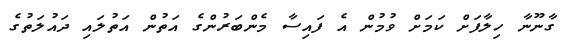
ގާނޫނާ ހިލާފަށް ކަމަށް ވުމުން އެ ފައިސާ މެންބަރުންގެ އަތުން އަތުލައި ދައުލަތުގެ